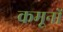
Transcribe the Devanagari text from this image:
कमूनों